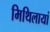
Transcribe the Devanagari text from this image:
मिथिलायां